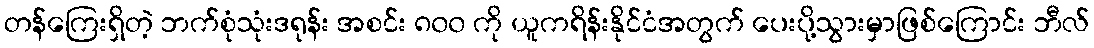
တန်ကြေးရှိတဲ့ ဘက်စုံသုံးဒရုန်း အစင်း ၈၀၀ ကို ယူကရိန်းနိုင်ငံအတွက် ပေးပို့သွားမှာဖြစ်ကြောင်း ဘီလ်